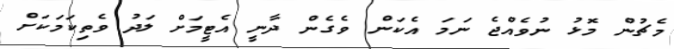
މެޗުން މޮޅު ނުވެއްޖެ ނަމަ އެކަން ވެގެން ދާނީ އެޓީމަށް ލަދު ވެތިކަމަކަށް